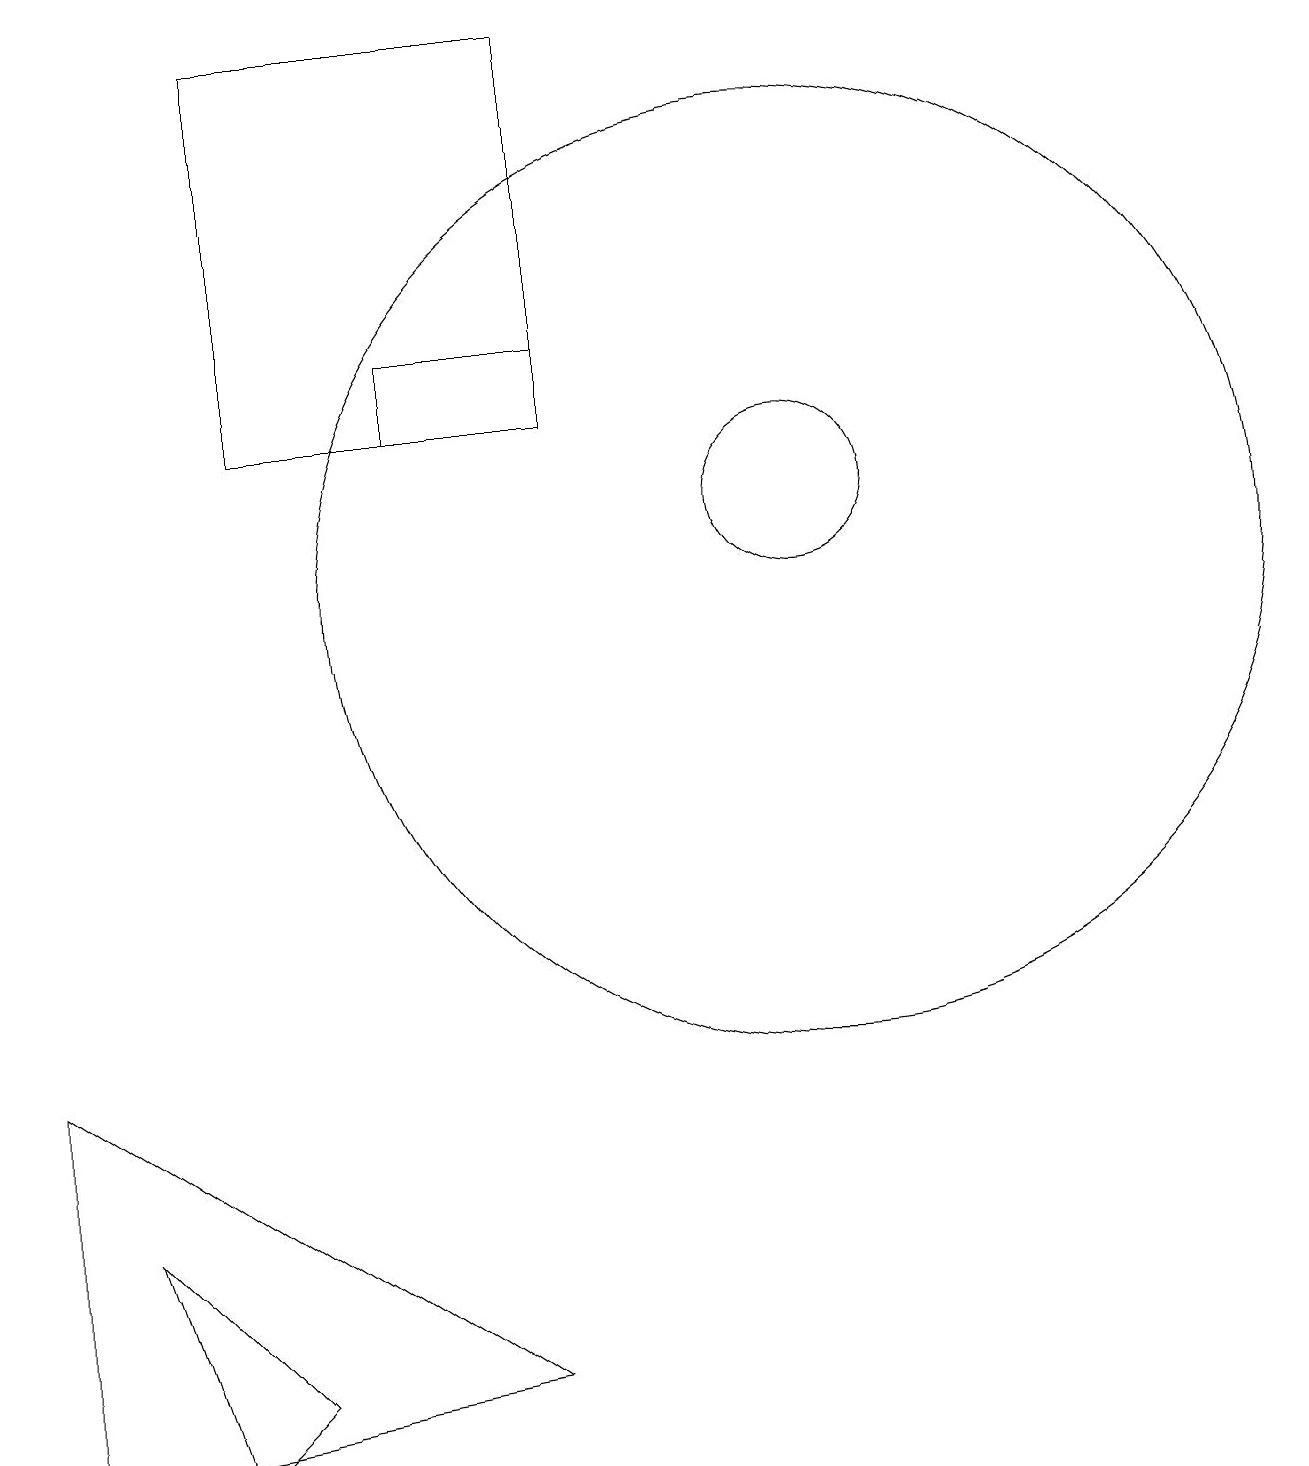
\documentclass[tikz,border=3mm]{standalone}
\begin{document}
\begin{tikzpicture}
\draw (4,0) -- (3,3) -- (5,1) -- cycle;
\draw (9,18) rectangle (5,13);
\draw (8,1) -- (2,5) -- (2,0) -- cycle;
\draw (7,14) rectangle (9,13);
\draw (12,12) circle (1);
\draw (12,11) circle (6);
\draw (11,10) circle (0);
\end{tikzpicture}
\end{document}